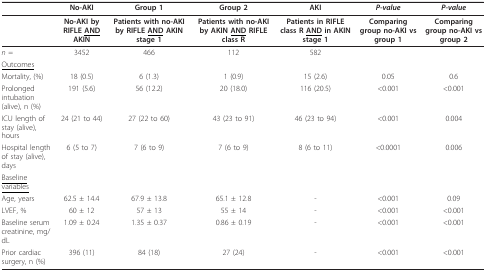
|  | No-AKI | Group 1 | Group 2 | AKI | P-value | P-value |
 | --- | --- | --- | --- | --- | --- | --- |
 |  | No-AKI by RIFLE <underline>AND</underline> AKIN | Patients with no-AKI by RIFLE <underline>AND</underline> AKIN stage 1 | Patients with no-AKI by AKIN <underline>AND</underline> RIFLE class R | Patients in RIFLE class R <underline>AND</underline> in AKIN stage 1 | Comparing group no-AKI vs group 1 | Comparing group no-AKI vs group 2 |
 | n = | 3452 | 466 | 112 | 582 |  |  |
 | <underline>Outcomes</underline> |  |  |  |  |  |  |
 | Mortality, (%) | 18 (0.5) | 6 (1.3) | 1 (0.9) | 15 (2.6) | 0.05 | 0.6 |
 | Prolonged intubation (alive), n (%) | 191 (5.6) | 56 (12.2) | 20 (18.0) | 116 (20.5) | <0.001 | <0.001 |
 | ICU length of stay (alive), hours | 24 (21 to 44) | 27 (22 to 60) | 43 (23 to 91) | 46 (23 to 94) | <0.001 | 0.004 |
 | Hospital length of stay (alive), days | 6 (5 to 7) | 7 (6 to 9) | 7 (6 to 9) | 8 (6 to 11) | <0.0001 | 0.006 |
 | <underline>Baseline variables</underline> |  |  |  |  |  |  |
 | Age, years | 62.5 ± 14.4 | 67.9 ± 13.8 | 65.1 ± 12.8 | - | <0.001 | 0.09 |
 | LVEF, % | 60 ± 12 | 57 ± 13 | 55 ± 14 | - | <0.001 | <0.001 |
 | Baseline serum creatinine, mg/dL | 1.09 ± 0.24 | 1.35 ± 0.37 | 0.86 ± 0.19 | - | <0.001 | <0.001 |
 | Prior cardiac surgery, n (%) | 396 (11) | 84 (18) | 27 (24) | - | <0.001 | <0.001 |